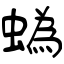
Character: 蟡